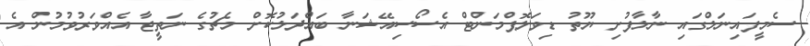
ސެމީފައިނަލްގައި ނާލާފުށި ޔޫތު ޑިވަލޮޕްމަންޓް އެސޯސިއޭޝަނާ ބައްދަލުކޮށް މެޗުގެ ނަތީޖާ އެއްވަރުވުމުން އެ